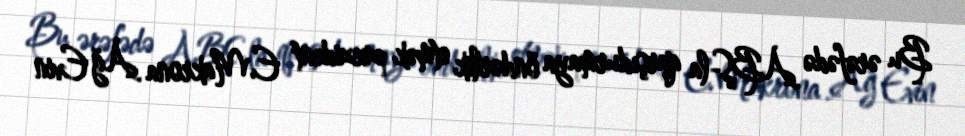
Bu ərəfədə ABŞ-la qarşıdurmaya öndərlik etmək prezident E.Makrona Ağ Evin